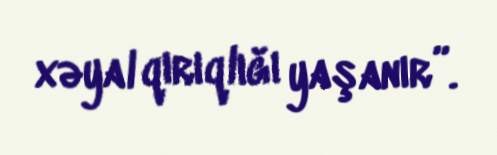
xəyal qırıqlığı yaşanır”.